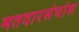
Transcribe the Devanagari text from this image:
मतदारसंघांस